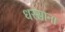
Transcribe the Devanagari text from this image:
धरसाना